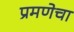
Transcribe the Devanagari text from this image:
प्रमणेचा